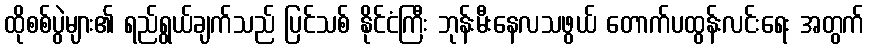
ထိုစစ်ပွဲများ၏ ရည်ရွယ်ချက်သည် ပြင်သစ် နိုင်ငံကြီး ဘုန်းမီးနေလသဖွယ် တောက်ပထွန်းလင်းရေး အတွက်